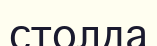
столда